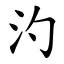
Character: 汋